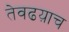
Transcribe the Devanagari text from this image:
तेवढय़ाच